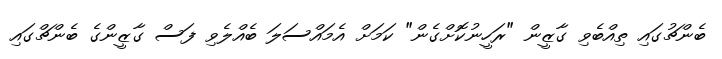
ބެންޗުގައި ތިއްބެވި ގާޒީން "ރަހީނުކޮށްގެން" ކަމަށް އެމައްސަލަ ބެއްލެވި ފަސް ގާޒީންގެ ބެންޗްގައި